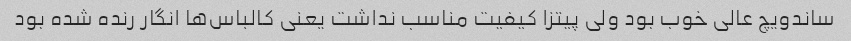
ساندویچ عالی خوب بود ولی پیتزا کیفیت مناسب نداشت یعنی کالباس‌ها انگار رنده شده بود